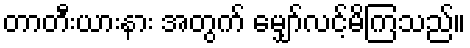
တာတီးယားနား အတွက် မျှော်လင့်မိကြသည်။